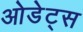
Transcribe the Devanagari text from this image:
ओडेट्स